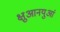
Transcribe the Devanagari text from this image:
क्षुआनयुआं